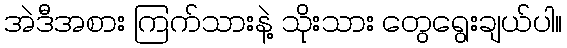
အဲဒီအစား ကြက်သားနဲ့ သိုးသား တွေရွေးချယ်ပါ။